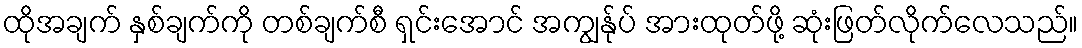
ထိုအချက် နှစ်ချက်ကို တစ်ချက်စီ ရှင်းအောင် အကျွန်ုပ် အားထုတ်ဖို့ ဆုံးဖြတ်လိုက်လေသည်။